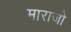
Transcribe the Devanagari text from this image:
माराजो